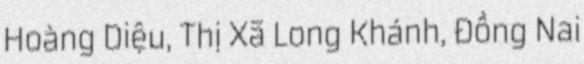
Hoàng Diệu, Thị Xã Long Khánh, Đồng Nai